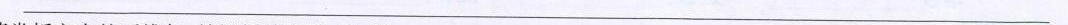
___